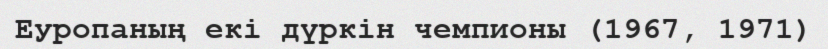
Еуропаның екі дүркін чемпионы (1967, 1971)